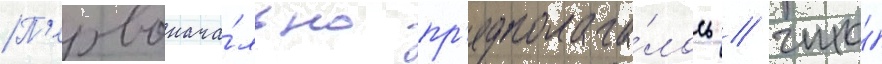
П'ервонача́льно пр'едполага́лось / что́